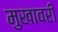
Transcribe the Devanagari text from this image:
मुखावरी